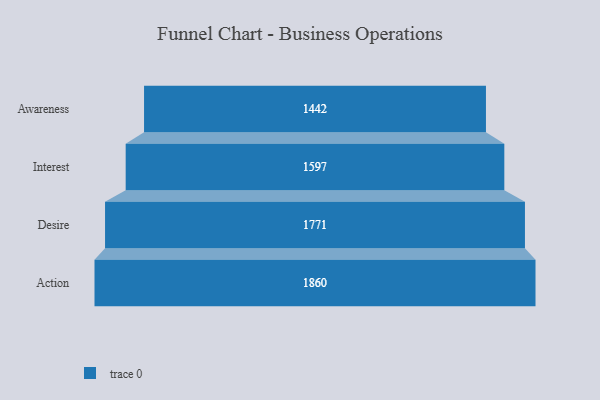
{"axis": {"x": "Stage", "y": "Value"}, "legend": [""], "data": [{"x": "Awareness", "y": 1442.0, "type": ""}, {"x": "Interest", "y": 1597.0, "type": ""}, {"x": "Desire", "y": 1771.0, "type": ""}, {"x": "Action", "y": 1860.0, "type": ""}]}